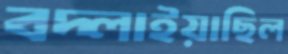
বদ্‌লাইয়াছিল